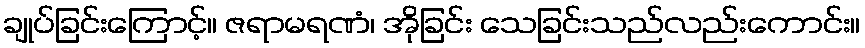
ချုပ်ခြင်းကြောင့်။ ဇရာမရဏံ၊ အိုခြင်း သေခြင်းသည်လည်းကောင်း။